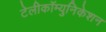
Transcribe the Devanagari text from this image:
टेलीकॉम्युनिकेशन